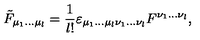
\tilde { F } _ { \mu _ { 1 } \ldots \mu _ { l } } = { \frac { 1 } { l ! } } \varepsilon _ { \mu _ { 1 } \ldots \mu _ { l } \nu _ { 1 } \ldots \nu _ { l } } F ^ { \nu _ { 1 } \ldots \nu _ { l } } ,